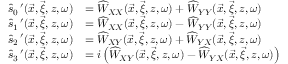
\begin{array} { r l } { \widehat { s } _ { 0 } \, ^ { \prime } ( \vec { x } , \vec { \xi } , z , \omega ) } & { = \widehat { W } _ { X X } ( \vec { x } , \vec { \xi } , z , \omega ) + \widehat { W } _ { Y Y } ( \vec { x } , \vec { \xi } , z , \omega ) } \\ { \widehat { s } _ { 1 } \, ^ { \prime } ( \vec { x } , \vec { \xi } , z , \omega ) } & { = \widehat { W } _ { X X } ( \vec { x } , \vec { \xi } , z , \omega ) - \widehat { W } _ { Y Y } ( \vec { x } , \vec { \xi } , z , \omega ) } \\ { \widehat { s } _ { 2 } \, ^ { \prime } ( \vec { x } , \vec { \xi } , z , \omega ) } & { = \widehat { W } _ { X Y } ( \vec { x } , \vec { \xi } , z , \omega ) + \widehat { W } _ { Y X } ( \vec { x } , \vec { \xi } , z , \omega ) } \\ { \widehat { s } _ { 3 } \, ^ { \prime } ( \vec { x } , \vec { \xi } , z , \omega ) } & { = i \left( \widehat { W } _ { X Y } ( \vec { x } , \vec { \xi } , z , \omega ) - \widehat { W } _ { Y X } ( \vec { x } , \vec { \xi } , z , \omega ) \right) } \end{array}